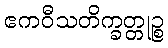
ဧကဝီသတိက္ခတ္တုဉ္စ